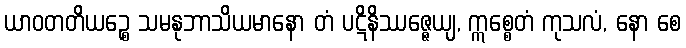
ယာဝတတိယဉ္စေ သမနုဘာသိယမာနော တံ ပဋိနိဿဇ္ဇေယျ, ဣစ္စေတံ ကုသလံ, နော စေ